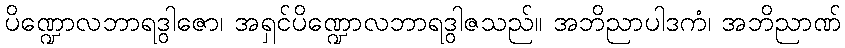
ပိဏ္ဍောလဘာရဒွါဇော၊ အရှင်ပိဏ္ဍောလဘာရဒွါဇသည်။ အဘိညာပါဒကံ၊ အဘိညာဏ်